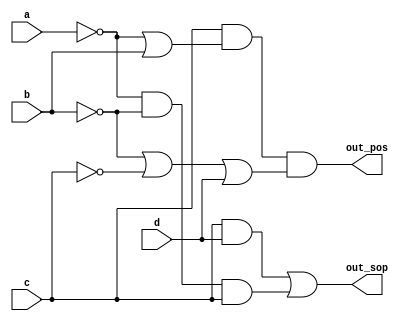
module top_module (
    input a,
    input b,
    input c,
    input d,
    output out_sop,
    output out_pos
    ); 
// SOP is f
assign out_sop = c & d | ~a & ~b & c;
// POS is f',so need demorgans law
assign out_pos = c & (~a | b) & (~b | ~c | d);
endmodule